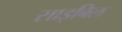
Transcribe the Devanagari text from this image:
साइबिल